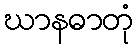
ဃာနဓာတုံ